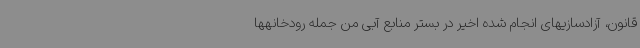
قانون، آزادسازیهای انجام شده اخیر در بستر منابع آبی من جمله رودخانهها